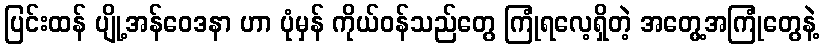
ပြင်းထန် ပျို့အန်ဝေဒနာ ဟာ ပုံမှန် ကိုယ်ဝန်သည်တွေ ကြုံရလေ့ရှိတဲ့ အတွေ့အကြုံတွေနဲ့